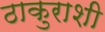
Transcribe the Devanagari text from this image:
ठाकुराशी